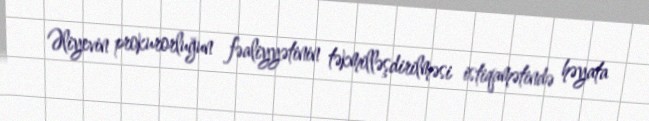
Əliyevin prokurorluğun fəaliyyətinin təkmilləşdirilməsi istiqamətində həyata